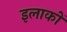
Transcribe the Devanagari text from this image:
इलाकाें